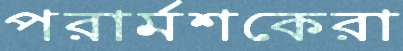
পরার্মশকেরা